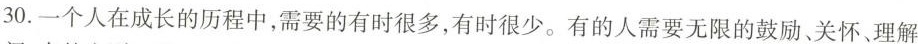
30.一个人在成长的历程中，需要的有时很多，有时很少。有的人需要无限的鼓励、关怀、理解